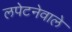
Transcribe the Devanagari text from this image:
लपेटनेवाले